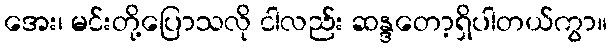
အေး၊ မင်းတို့ပြောသလို ငါလည်း ဆန္ဒတော့ရှိပါတယ်ကွာ။